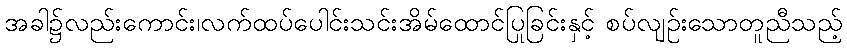
အခါ၌လည်းကောင်း၊လက်ထပ်ပေါင်းသင်းအိမ်ထောင်ပြုခြင်းနှင့် စပ်လျဉ်းသောတူညီသည့်